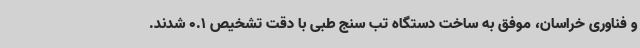
و فناوری خراسان، موفق به ساخت دستگاه تب سنج طبی با دقت تشخیص 0.1 شدند.